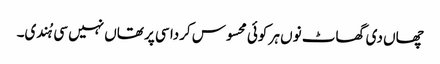
چھاں دی گھاٹ نوں ہر کوئی محسوس کردا سی پر تھاں نہیں سی ہُندی۔